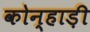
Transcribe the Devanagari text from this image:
कोन्हाड़ी